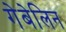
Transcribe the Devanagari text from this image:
गेबेलिन